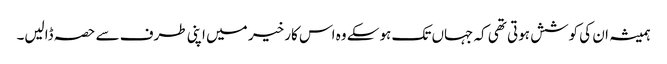
ہمیشہ ان کی کوشش ہوتی تھی کہ جہاں تک ہوسکے وہ اس کار خیر میں اپنی طرف سے حصہ ڈالیں۔